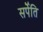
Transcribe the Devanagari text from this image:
सर्पेति